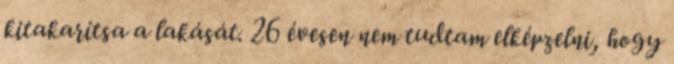
kitakarítsa a lakását. 26 évesen nem tudtam elképzelni, hogy